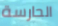
الحارسة